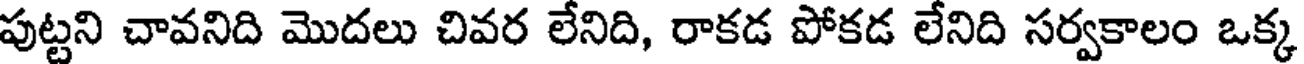
పుట్టని చావనిది మొదలు చివర లేనిది, రాకడ పోకడ లేనిది సర్వకాలం ఒక్క